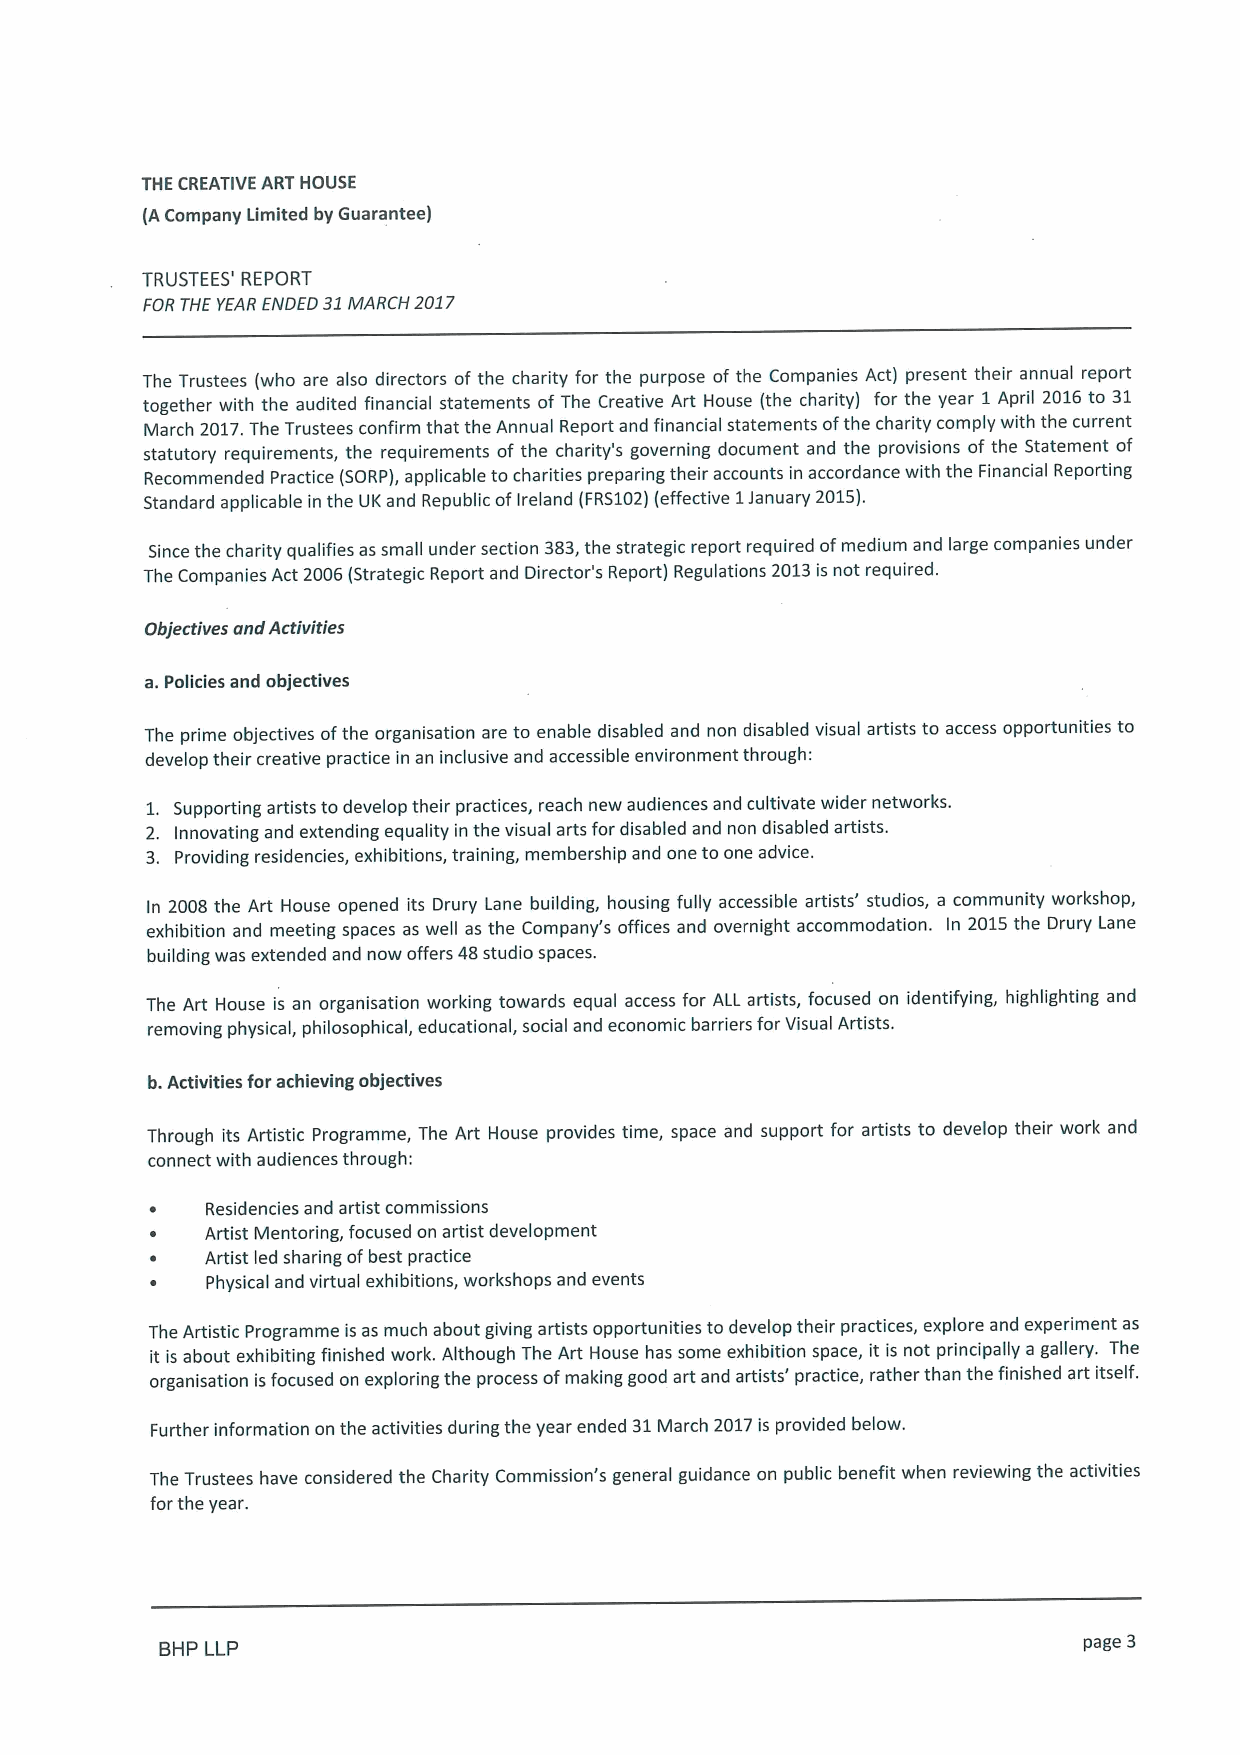
THE CREATIVE ART HOUSE
 (ACompany Limited by Guarantee)
 TRUSTEES' REPORT
 FOR THE YEAR ENDED 31MARCH 2017
 The Trustees (who are also directors of the charity for the purpose of the Companies Act) present their annual report
 together with the audited financial statements of The Creative Art House (the charity) for the year 1April 2016to 31
 March 2017.The Trustees confirm that the Annual Report and financial statements ofthe charity comply with the current
 statutory requirements, the requirements of the charity's governing document and the provisions of the Statement of
 Recommended Practice (SORP), applicable to charities preparing their accounts in accordance with the Financial Reporting
 Standard applicable in the UK and Republic ofIreland (FRS102)(effective 1January 2015).
 Since the charity qualifies as small under section 383,the strategic report required ofmedium and large companies under
 The Companies Act 2006(Strategic Report and Director's Report) Regulations 2013is not required.
 Objectives and Activities
 a.Policies and objectives
 The prime objectives ofthe organisation are to enable disabled and non disabled visual artists to access opportunities to
 develop their creative practice in an inclusive and accessible environment through:
 1. Supporting artists to develop their practices, reach new audiences and cultivate wider networks.
 2. Innovating and extending equality in the visual arts for disabled and non disabled artists.
 3. Providing residencies, exhibitions, training, membership and one to one advice.
 In 2008 the Art House opened its Drury Lane building, housing fully accessible artists' studios, a community workshop,
 exhibition and meeting spaces as well as the Company's offices and overnight accommodation. In 2015the Drury Lane
 building was extended and now offers 48studio spaces.
 The Art House is an organisation working towards equal access for ALL artists, focused on identifying, highlighting and
 removing physical, philosophical, educational, social and economic barriers for Visual Artists.
 b.Activities for achieving objectives
 Through its Artistic Programme, The Art House provides time, space and support for artists to develop their work and
 connect with audiences through:
 Residencies and artist commissions
 Artist Mentoring, focused on artist development
 Artist led sharing ofbest practice
 Physical and virtual exhibitions, workshops and events
 The Artistic Programme isas much about giving artists opportunities to develop their practices, explore and experiment as
 it is about exhibiting finished work. Although The Art House has some exhibition space, it is not principally a gallery. The
 organisation isfocused on exploring the process ofmaking good art and artists' practice, rather than the finished art itself.
 Further information on the activities during the year ended 31March 2017is provided below.
 The Trustees have considered the Charity Commission's general guidance on public benefit when reviewing the activities
 forthe year.
 BHP LLP                                                      page 3